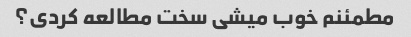
مطمئنم خوب میشی سخت مطالعه کردی؟